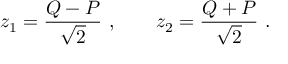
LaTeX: z _ { 1 } = \frac { Q - P } { \sqrt { 2 } } \ , \qquad z _ { 2 } = \frac { Q + P } { \sqrt { 2 } } \ .